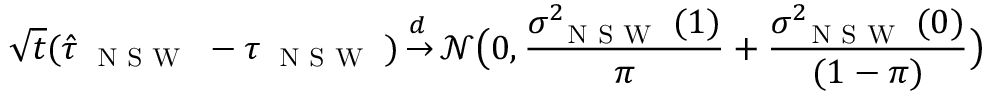
\sqrt { t } ( \hat { \tau } _ { { \small \textsc { { N S W } } } } - \tau _ { { \small \textsc { { N S W } } } } ) { \, \overset { { \, d \, \, } } { \rightarrow } \, } { \mathcal { N } } \allowbreak \big ( 0 , \frac { \sigma _ { \small \textsc { { N S W } } } ^ { 2 } ( 1 ) } { \pi } \allowbreak + \allowbreak \frac { \sigma _ { \small \textsc { { N S W } } } ^ { 2 } ( 0 ) } { ( 1 - \pi ) } \big )